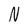
Character: N